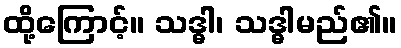
ထို့ကြောင့်။ သဒ္ဓါ၊ သဒ္ဓါမည်၏။